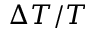
\Delta T / T